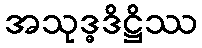
အသုဒ္ဓဒိဋ္ဌိဿ